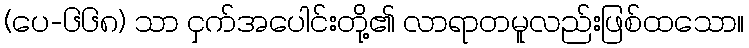
(ပေ-၆၆၈) သာ ငှက်အပေါင်းတို့၏ လာရာတမူလည်းဖြစ်ထသော။